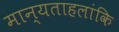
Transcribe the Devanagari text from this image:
मान्यताहलांकि